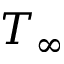
T _ { \infty }